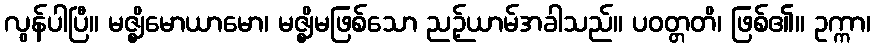
လွန်ပါပြီ။ မဇ္ဈိမောယာမော၊ မဇ္ဈိမဖြစ်သော ညဉ့်ယာမ်အခါသည်။ ပဝတ္တတိ၊ ဖြစ်၏။ ဥက္ကာ၊